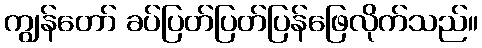
ကျွန်တော် ခပ်ပြတ်ပြတ်ပြန်ဖြေလိုက်သည်။